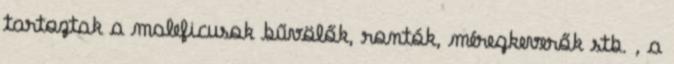
tartoztak a maleficusok bűvölők, rontók, méregkeverők stb. , a